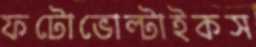
ফটোভোল্টাইকস